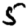
Digit: 5